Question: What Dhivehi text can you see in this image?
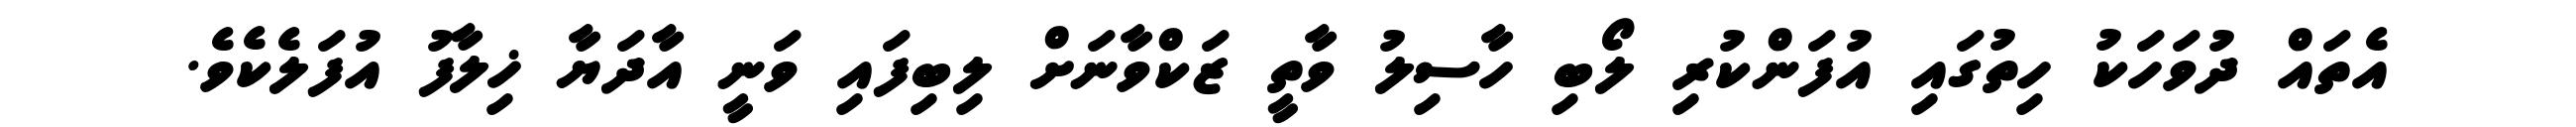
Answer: އެތައް ދުވަހަކު ހިތުގައި އުފަންކުރި ލޯބި ހާސިލު ވާތީ ޒަކްވާނަށް ލިބިފައި ވަނީ އާދަޔާ ޚިލާފު އުފަލެކެވެ.